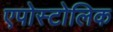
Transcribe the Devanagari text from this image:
एपोस्टोलिक